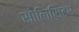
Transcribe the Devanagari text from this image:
सोलिसिटर